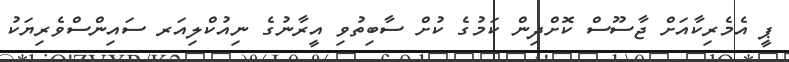
ޕީ އެމެރިކާއަށް ޖާސޫސް ކޮށްދިން ކަމުގެ ކުށް ސާބިތުވި އީރާނުގެ ނިއުކްލިއަރ ސައިންސްވެރިޔަކު